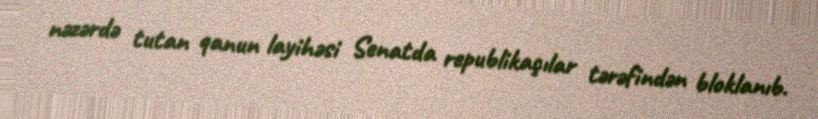
nəzərdə tutan qanun layihəsi Senatda republikaçılar tərəfindən bloklanıb.